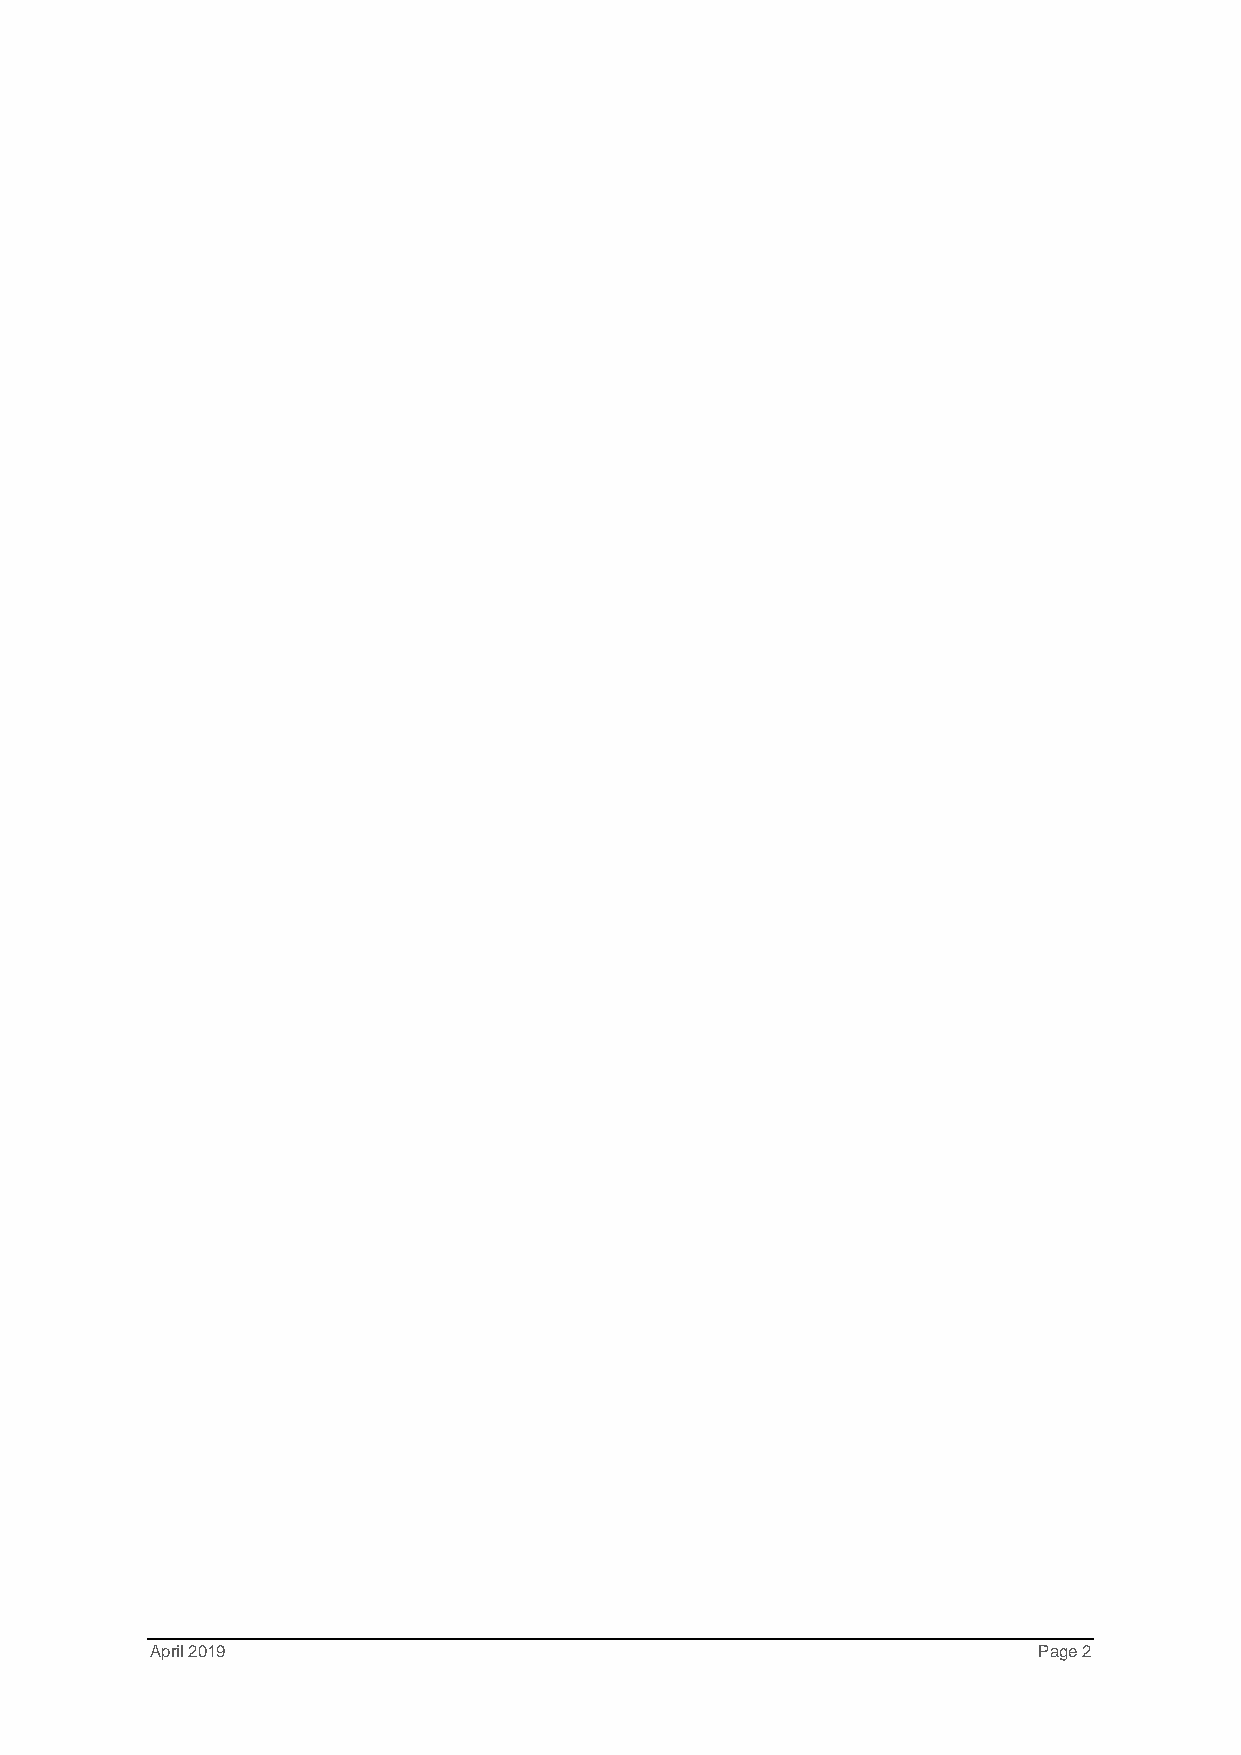
April 2019                                                 Page 2